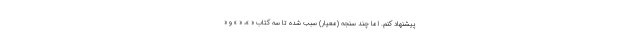
پیشنهاد کنم. اما چند سنجه (معیار) سبب شده تا سه کتابِ « »، « » و «